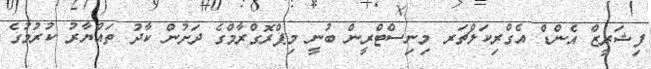
ފިޝަރީޒް އެންޑް އެގްރިކަލްޗަރ މިނިސްޓްރީން ބުނީ މިޕްރޮގްރާމްގެ ދަށުން ކާދު ތައްޔާރު ކުރުމުގެ